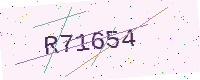
Text: R71654